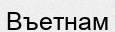
Въетнам